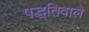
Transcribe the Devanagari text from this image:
पद्धतिवाले